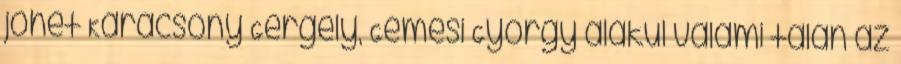
jöhet Karácsony Gergely, Gémesi György alakul valami talán az